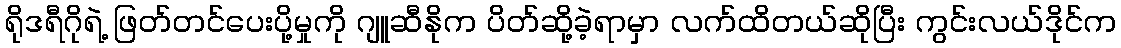
ရိုဒရီဂိုရဲ့ ဖြတ်တင်ပေးပို့မှုကို ဂျူဆီနိုက ပိတ်ဆို့ခဲ့ရာမှာ လက်ထိတယ်ဆိုပြီး ကွင်းလယ်ဒိုင်က